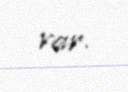
var.